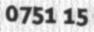
0751 15